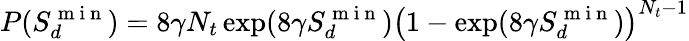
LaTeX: P(S_{d}^{\mathrm{~m~i~n~}})=8\gamma N_{t}\exp(8\gamma S_{d}^{\mathrm{~m~i~n~}})\left(1-\exp(8\gamma S_{d}^{\mathrm{~m~i~n~}})\right)^{N_{t}-1}